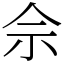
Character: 佘